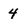
Character: 4